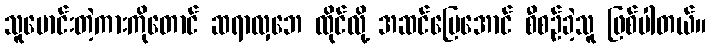
သူမောင်းတဲ့ကားကိုတောင် ဆရာလှဘေ ထိုင်လို့ အဆင်ပြေအောင် စီစဉ်ခဲ့သူ ဖြစ်ပါတယ်။